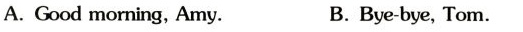
A.Good morning,Amy. B.Bye-bye,Tom.